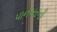
પાનખરની